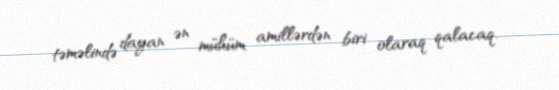
təməlində dayan ən mühüm amillərdən biri olaraq qalacaq.